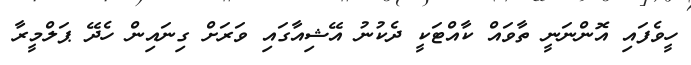
ހީވެފައި އޮންނަނީ ތާވައް ކާއްޓަކީ ދެކުނު އޭޝިއާގައި ވަރަށް ގިނައިން ހެދޭ ޕަލްމީރާ